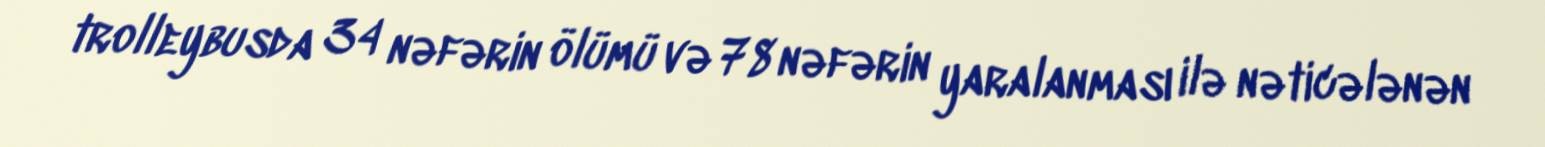
trolleybusda 34 nəfərin ölümü və 78 nəfərin yaralanması ilə nəticələnən